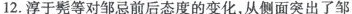
12.淳于髡等对邹忌前后态度的变化，从侧面突出了邹